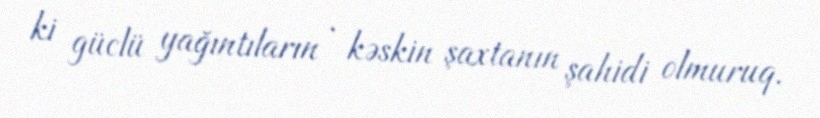
ki güclü yağıntıların , kəskin şaxtanın şahidi olmuruq.